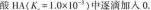
酸HA(K，=1.0×10-3)中逐滴加入0.